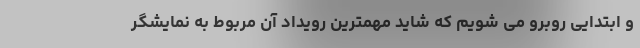
و ابتدایی روبرو می شویم که شاید مهمترین رویداد آن مربوط به نمایشگر